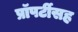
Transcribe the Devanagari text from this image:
प्रॉपर्टीसह